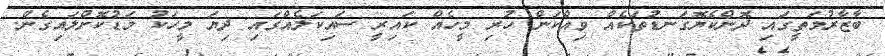
ބާޒާރުމަތީގައި ދޮންކެޔޮގަނޑުތަކެއް ވިއްކަން ހުރި މީހެއް ކައިރީ ސައިކަލެއްގައި ދިޔަ މީހަކު މަޑުކޮށްލައިގެން.